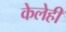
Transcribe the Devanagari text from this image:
केलेही